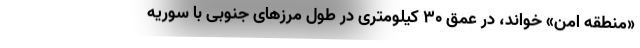
«منطقه امن» خواند، در عمق ۳۰ کیلومتری در طول مرزهای جنوبی با سوریه